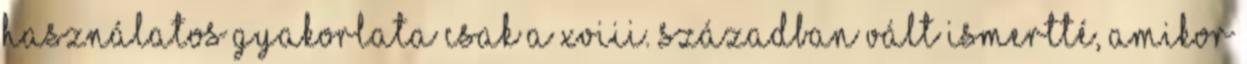
használatos gyakorlata csak a XVIII. században vált ismertté, amikor